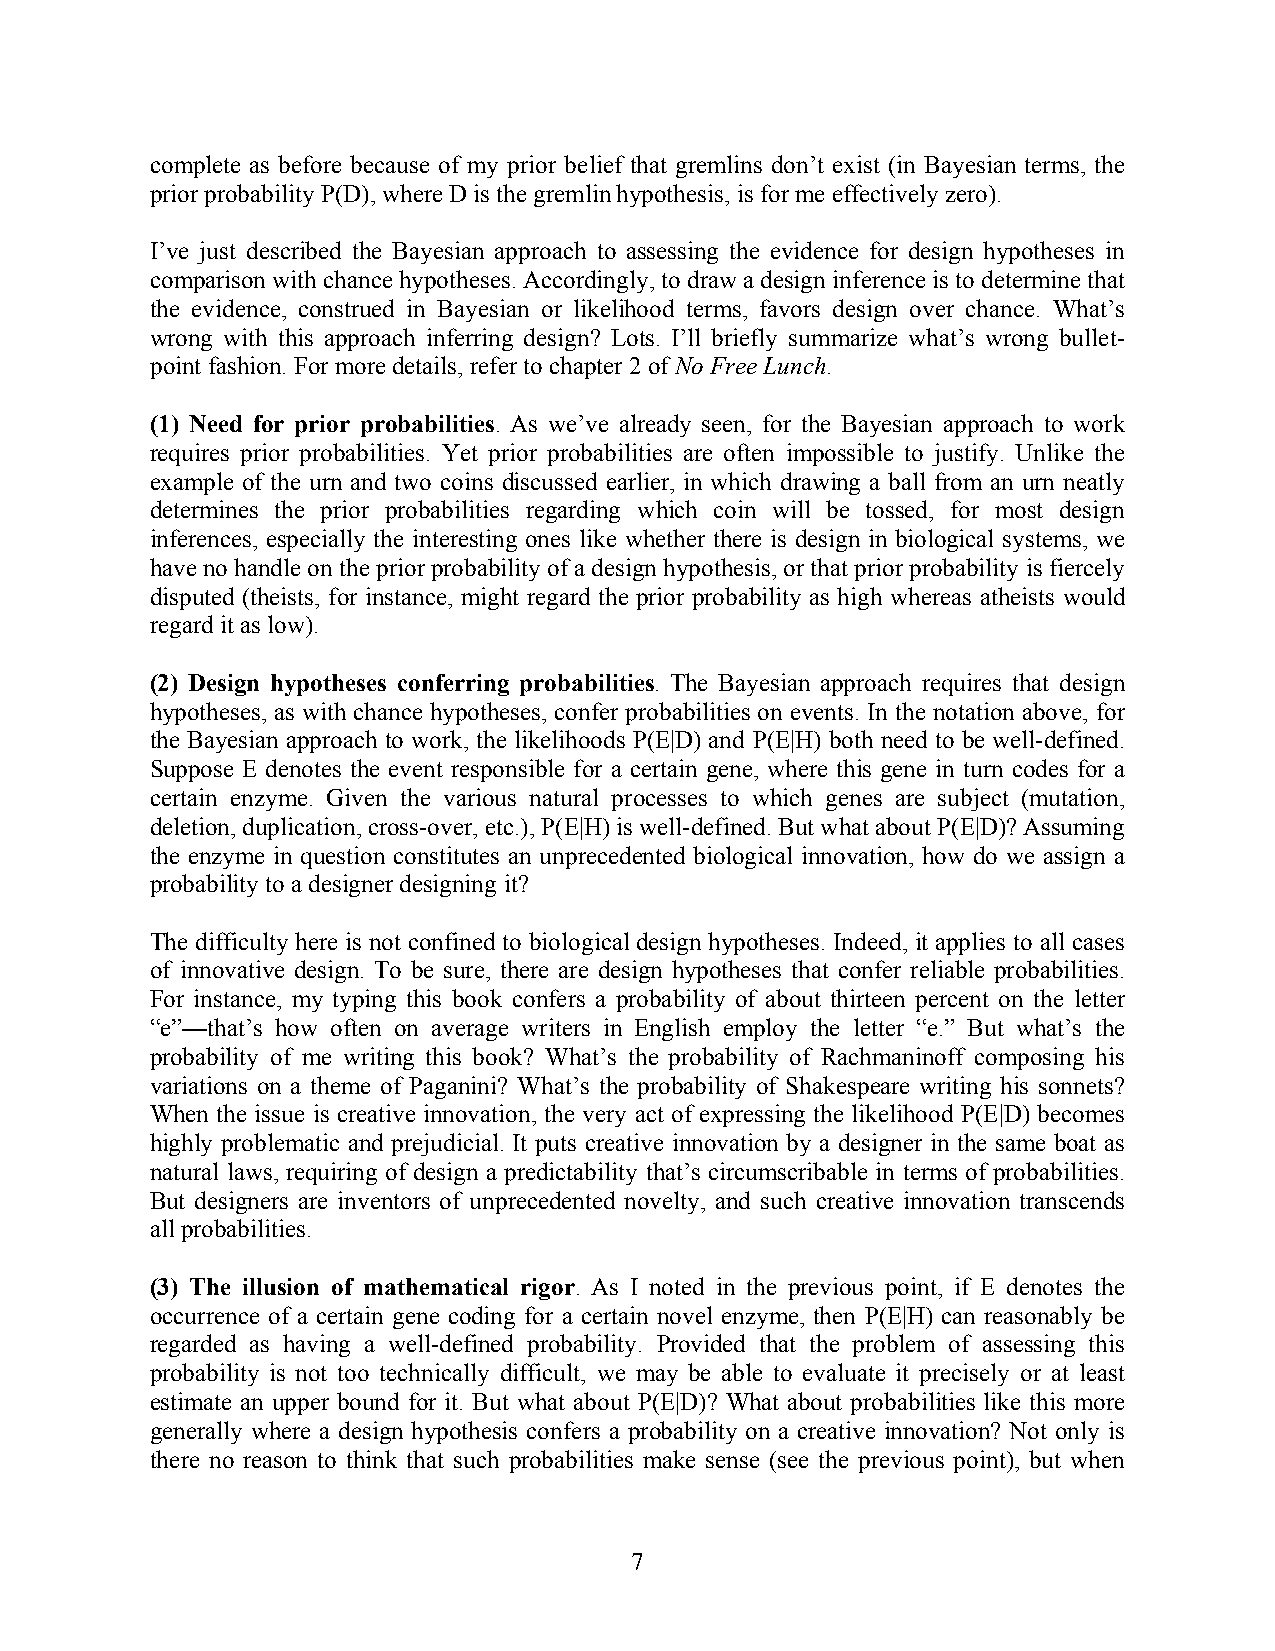
complete as before because of my prior belief that gremlins don’t exist (in Bayesian terms, the
 prior probability P(D), where D is the gremlin hypothesis, is for me effectively zero).
 I’ve just described the Bayesian approach to assessing the evidence for design hypotheses in
 comparison with chance hypotheses. Accordingly, to draw a design inference is to determine that
 the evidence, construed in Bayesian or likelihood terms, favors design over chance. What’s
 wrong with this approach inferring design? Lots. I’ll briefly summarize what’s wrong bullet-
 point fashion. For more details, refer to chapter 2 of No Free Lunch.
 (1) Need for prior probabilities. As we’ve already seen, for the Bayesian approach to work
 requires prior probabilities. Yet prior probabilities are often impossible to justify. Unlike the
 example of the urn and two coins discussed earlier, in which drawing a ball from an urn neatly
 determines the prior probabilities regarding which coin will be tossed, for most design
 inferences, especially the interesting ones like whether there is design in biological systems, we
 have no handle on the prior probability of a design hypothesis, or that prior probability is fiercely
 disputed (theists, for instance, might regard the prior probability as high whereas atheists would
 regard it as low).
 (2) Design hypotheses conferring probabilities. The Bayesian approach requires that design
 hypotheses, as with chance hypotheses, confer probabilities on events. In the notation above, for
 the Bayesian approach to work, the likelihoods P(E|D) and P(E|H) both need to be well-defined.
 Suppose E denotes the event responsible for a certain gene, where this gene in turn codes for a
 certain enzyme. Given the various natural processes to which genes are subject (mutation,
 deletion, duplication, cross-over, etc.), P(E|H) is well-defined. But what about P(E|D)? Assuming
 the enzyme in question constitutes an unprecedented biological innovation, how do we assign a
 probability to a designer designing it?
 The difficulty here is not confined to biological design hypotheses. Indeed, it applies to all cases
 of innovative design. To be sure, there are design hypotheses that confer reliable probabilities.
 For instance, my typing this book confers a probability of about thirteen percent on the letter
 “e”—that’s how often on average writers in English employ the letter “e.” But what’s the
 probability of me writing this book? What’s the probability of Rachmaninoff composing his
 variations on a theme of Paganini? What’s the probability of Shakespeare writing his sonnets?
 When the issue is creative innovation, the very act of expressing the likelihood P(E|D) becomes
 highly problematic and prejudicial. It puts creative innovation by a designer in the same boat as
 natural laws, requiring of design a predictability that’s circumscribable in terms of probabilities.
 But designers are inventors of unprecedented novelty, and such creative innovation transcends
 all probabilities.
 (3) The illusion of mathematical rigor. As I noted in the previous point, if E denotes the
 occurrence of a certain gene coding for a certain novel enzyme, then P(E|H) can reasonably be
 regarded as having a well-defined probability. Provided that the problem of assessing this
 probability is not too technically difficult, we may be able to evaluate it precisely or at least
 estimate an upper bound for it. But what about P(E|D)? What about probabilities like this more
 generally where a design hypothesis confers a probability on a creative innovation? Not only is
 there no reason to think that such probabilities make sense (see the previous point), but when
 7